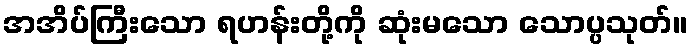
အအိပ်ကြီးသော ရဟန်းတို့ကို ဆုံးမသော သောပ္ပသုတ်။